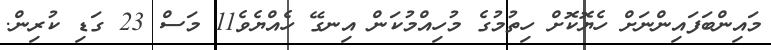
މައިންބަފައިންނަށް ހެޔޮކޮޮށް ހިތުމުގެ މުހިއްމުކަން އިނގޭ ހެެއްޔެވެ11 މަސް 23 ގަޑި ކުރިން.